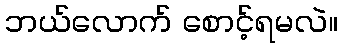
ဘယ်လောက် စောင့်ရမလဲ။